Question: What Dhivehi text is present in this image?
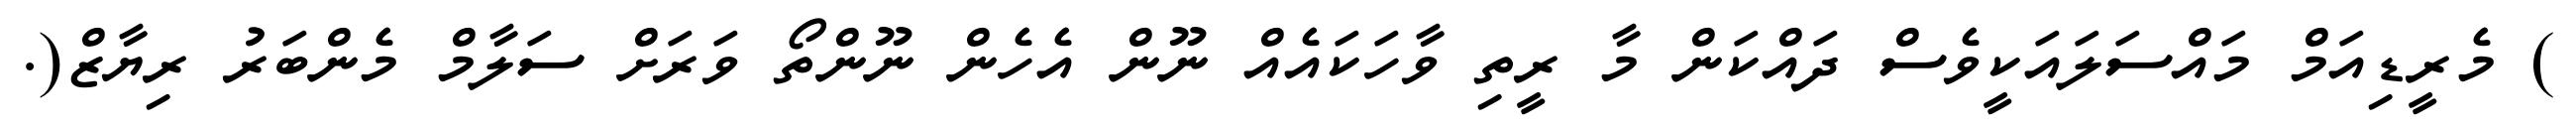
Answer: ) މެރީޑިއަމް މައްސަލައަކީވެސް ދައްކަން މާ ރީތި ވާހަކައެއް ނޫން އެހެން ނޫންތޯ ވަރަށް ސަލާމް މެންބަރު ރިޔާޒް(.